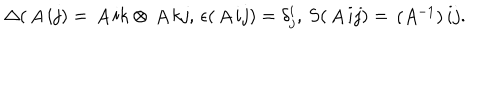
\Delta ( \begin{matrix} { { A } } \\ \end{matrix} { i } { j } ) = \begin{matrix} { { A } } \\ \end{matrix} { i } { k } \otimes \begin{matrix} { { A } } \\ \end{matrix} { k } { j } , \, \epsilon ( \begin{matrix} { { A } } \\ \end{matrix} { i } { j } ) = \delta _ { j } ^ { i } , \, S ( \begin{matrix} { { A } } \\ \end{matrix} { i } { j } ) = \begin{matrix} { { ( A ^ { - 1 } ) } } \\ \end{matrix} { i } { j } .